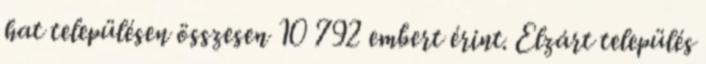
hat településen összesen 10 792 embert érint. Elzárt település